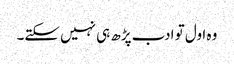
وہ اول تو ادب پڑھ ہی نہیں سکتے۔